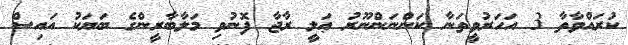
ކުރައްވާތާ 3 އަހަރުވީތަނާ ކަންނަންނޫރު ޢަލީ ރާޖާ ފޮނުވި މަލާބާރީންގެ ބަޔަކު އައިސް